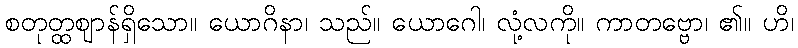
စတုတ္ထဈာန်ရှိသော။ ယောဂိနာ၊ သည်။ ယောဂေါ၊ လုံ့လကို။ ကာတဗ္ဗော၊ ၏။ ဟိ၊